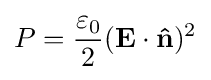
P={\frac {\varepsilon _{0}}{2}}(\mathbf {E\cdot {\hat {n}}} )^{2}